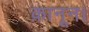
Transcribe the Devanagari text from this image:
क़ानून।